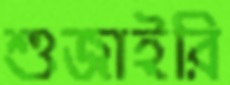
শুজাইরি